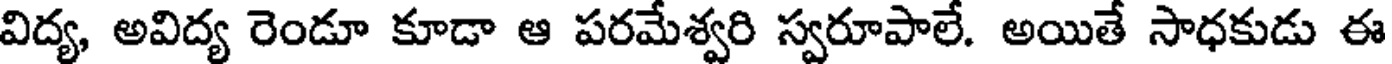
విద్య, అవిద్య రెండూ కూడా ఆ పరమేశ్వరి స్వరూపాలే. అయితే సాధకుడు ఈ